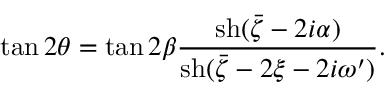
\tan 2 \theta = \tan 2 \beta \frac { \mathrm { s h } ( \bar { \zeta } - 2 i \alpha ) } { \mathrm { s h } ( \bar { \zeta } - 2 \xi - 2 i \omega ^ { \prime } ) } .